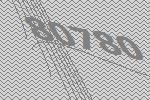
80780